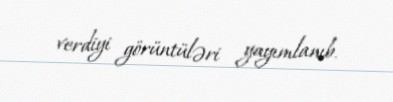
verdiyi görüntüləri yayımlanıb.